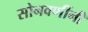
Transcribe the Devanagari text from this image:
सोनवणींनी